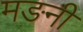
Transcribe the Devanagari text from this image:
मङनी